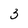
Character: 3